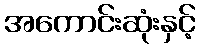
အကောင်းဆုံးနှင့်